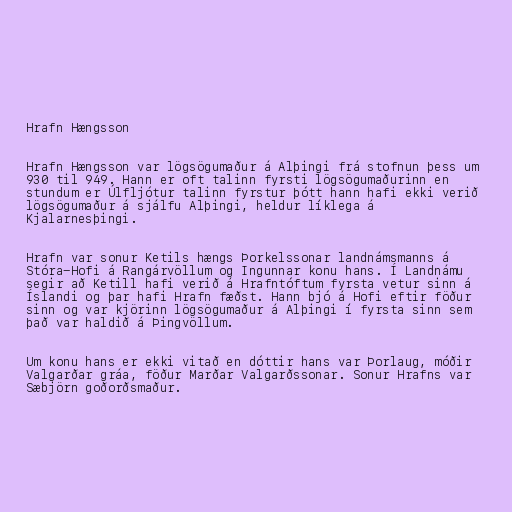
Hrafn Hængsson

Hrafn Hængsson var lögsögumaður á Alþingi frá stofnun þess um
930 til 949. Hann er oft talinn fyrsti lögsögumaðurinn en
stundum er Úlfljótur talinn fyrstur þótt hann hafi ekki verið
lögsögumaður á sjálfu Alþingi, heldur líklega á
Kjalarnesþingi.

Hrafn var sonur Ketils hængs Þorkelssonar landnámsmanns á
Stóra-Hofi á Rangárvöllum og Ingunnar konu hans. Í Landnámu
segir að Ketill hafi verið á Hrafntóftum fyrsta vetur sinn á
Íslandi og þar hafi Hrafn fæðst. Hann bjó á Hofi eftir föður
sinn og var kjörinn lögsögumaður á Alþingi í fyrsta sinn sem
það var haldið á Þingvöllum.

Um konu hans er ekki vitað en dóttir hans var Þorlaug, móðir
Valgarðar gráa, föður Marðar Valgarðssonar. Sonur Hrafns var
Sæbjörn goðorðsmaður.